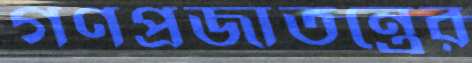
গণপ্রজাতন্ত্রের